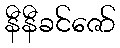
နီနီခင်ဇော်